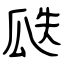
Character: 瓞